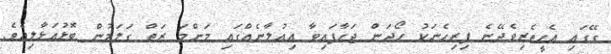
ގޭގައި އެހީތެރިވެދޭނެ ފިރިހެނަކު ހޯދަން ޖަހާފައިވާ އިޢުލާނެއްގައި މަންމަ ރަތް ގަލަމުން ބޮޅުއަޅާލިއެވެ.